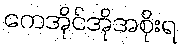
ကေအိုင်အိုအစိုးရ